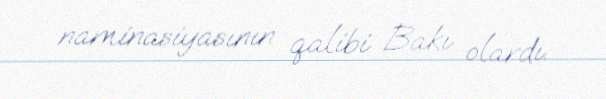
naminasiyasının qalibi Bakı olardı.